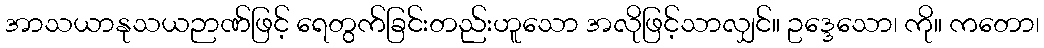
အာသယာနုသယဉာဏ်ဖြင့် ရေတွက်ခြင်းတည်းဟူသော အလိုဖြင့်သာလျှင်။ ဥဒ္ဒေသော၊ ကို။ ကတော၊